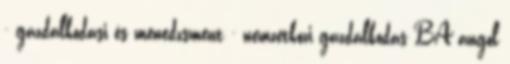
- gazdálkodási és menedzsment - nemzetközi gazdálkodás BA angol